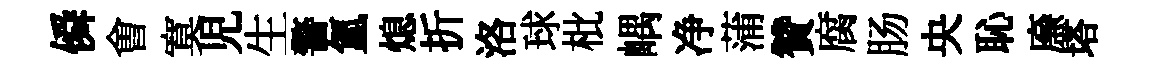
僢㑹寞児生警氲熄折洛球枇嵎净蒲贊腐肠央恥㢘塔